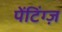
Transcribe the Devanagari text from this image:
पेंटिंग्ज़